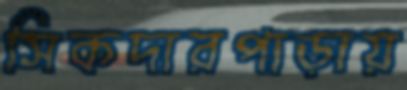
সিকদারপাড়ায়